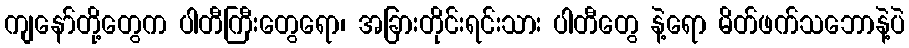
ကျနော်တို့တွေက ပါတီကြီးတွေရော၊ အခြားတိုင်းရင်းသား ပါတီတွေ နဲ့ရော မိတ်ဖက်သဘောနဲ့ပဲ